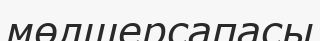
мөлшерсапасы